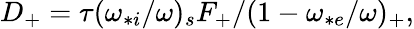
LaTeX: \begin{array}{r}{D_{+}=\tau(\omega_{*i}/\omega)_{s}F_{+}/(1-\omega_{*e}/\omega)_{+},}\end{array}